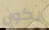
يكون